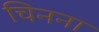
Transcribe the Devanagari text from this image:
चिनना